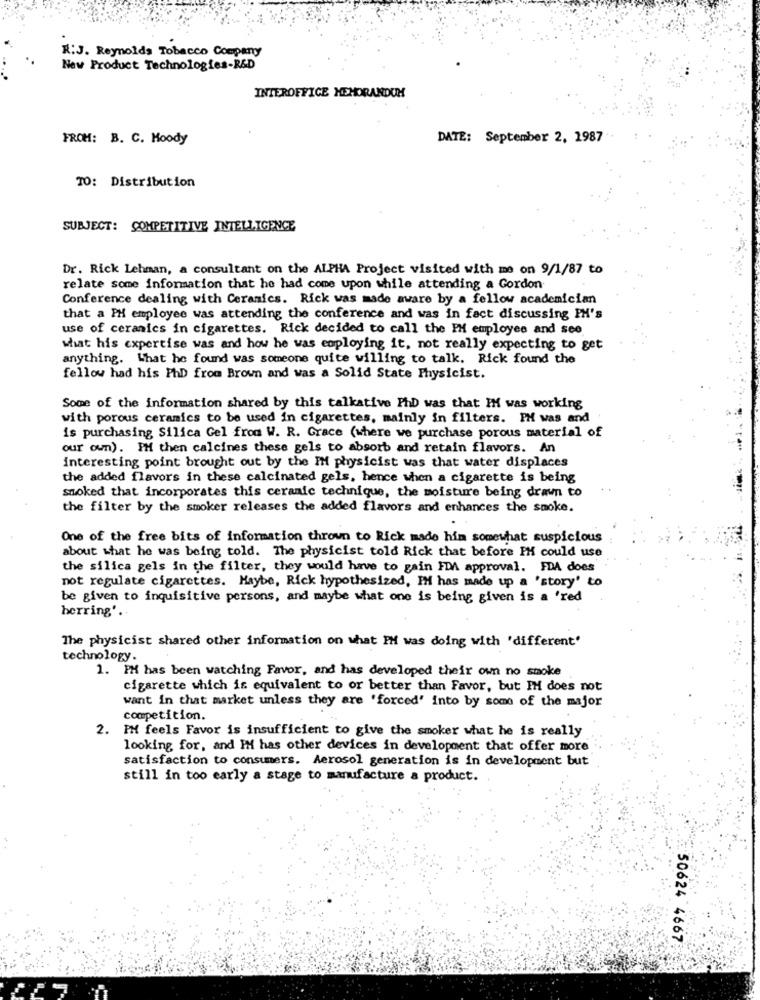
R:J. Reynolds Tobacco Company
New Product Technologies-R&D
INTEROFFICE MEMORANDUM
FROM: B. C. Moody
DATE: September 2, 1987
TO: Distribution
SUBJECT: COMPETITIVE INTELLIGENCE
Dr. Rick Lehman, a consultant on the ALPHA Project visited with me on 9/1/87 to
relate some information that he had come upon while attending a Gordon
Conference dealing with Ceramics. Rick was made aware by a fellow academician
that a PH employee was attending the conference and was in fact discussing PM's
use of ceramics in cigarettes. Rick decided to call the PH employee and see
what his expertise was and how he was employing it, not really expecting to get
anything. What he found was someone quite willing to talk. Rick found the
fellow had his PhD from Brown and was a Solid State Physicist.
Some of the information shared by this talkative PhD was that IM was working
with porous ceramics to be used in cigarettes, mainly in filters. PH was and
is purchasing Silica Gel from W. R. Grace (where we purchase porous material of
our own). IM then calcines these gels to absorb and retain flavors. An
interesting point brought out by the IM physicist was that water displaces
the added flavors in these calcinated gels, hence when a cigarette is being
smoked that incorporates this ceramic technique, the moisture being drawn to
the filter by the smoker releases the added flavors and enhances the smoke.
One of the free bits of information thrown to Rick made him somewhat suspicious
about what he was being told. The physicist told Rick that before PH could use
the silica gels in the filter, they would have to gain FDA approval. FDA does
not regulate cigarettes. Maybe, Rick hypothesized, IM has made up a 'story' to
be given to inquisitive persons, and maybe what one is being given is a 'red
herring' ..
The physicist shared other information on what IM was doing with 'different'
technology.
1. PM has been watching Favor, and has developed their own no smoke
cigarette which is equivalent to or better than Favor, but IM does not
want in that market unless they are 'forced' into by some of the major
competition.
2.
PM feels Favor is insufficient to give the smoker what he is really
looking for, and IM has other devices in development that offer more
satisfaction to consumers. Aerosol generation is in development but
still in too early a stage to manufacture a product.
50624 4667